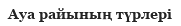
Ауа райының түрлері